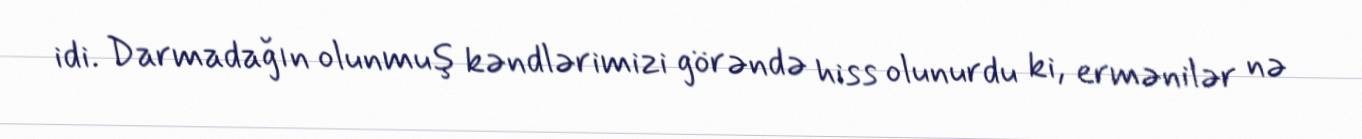
idi. Darmadağın olunmuş kəndlərimizi görəndə hiss olunurdu ki, ermənilər nə